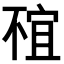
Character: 𠁇